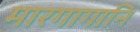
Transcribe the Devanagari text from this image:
मारगागानि